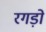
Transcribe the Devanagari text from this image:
रगड़ो